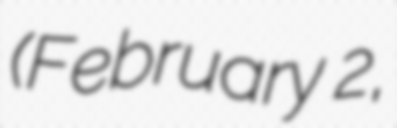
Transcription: (February 2,